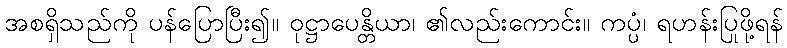
အစရှိသည်ကို ပန်ပြောပြီး၍။ ဝုဋ္ဌာပေန္တိယာ၊ ၏လည်းကောင်း။ ကပ္ပံ၊ ရဟန်းပြုဖို့ရန်